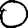
Digit: 0